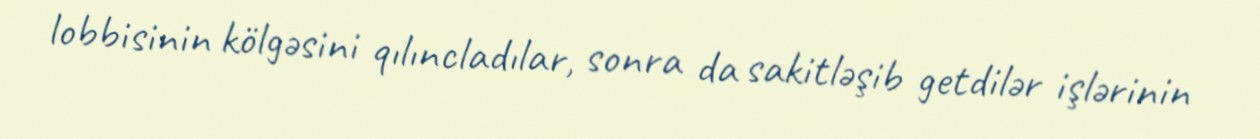
lobbisinin kölgəsini qılıncladılar, sonra da sakitləşib getdilər işlərinin